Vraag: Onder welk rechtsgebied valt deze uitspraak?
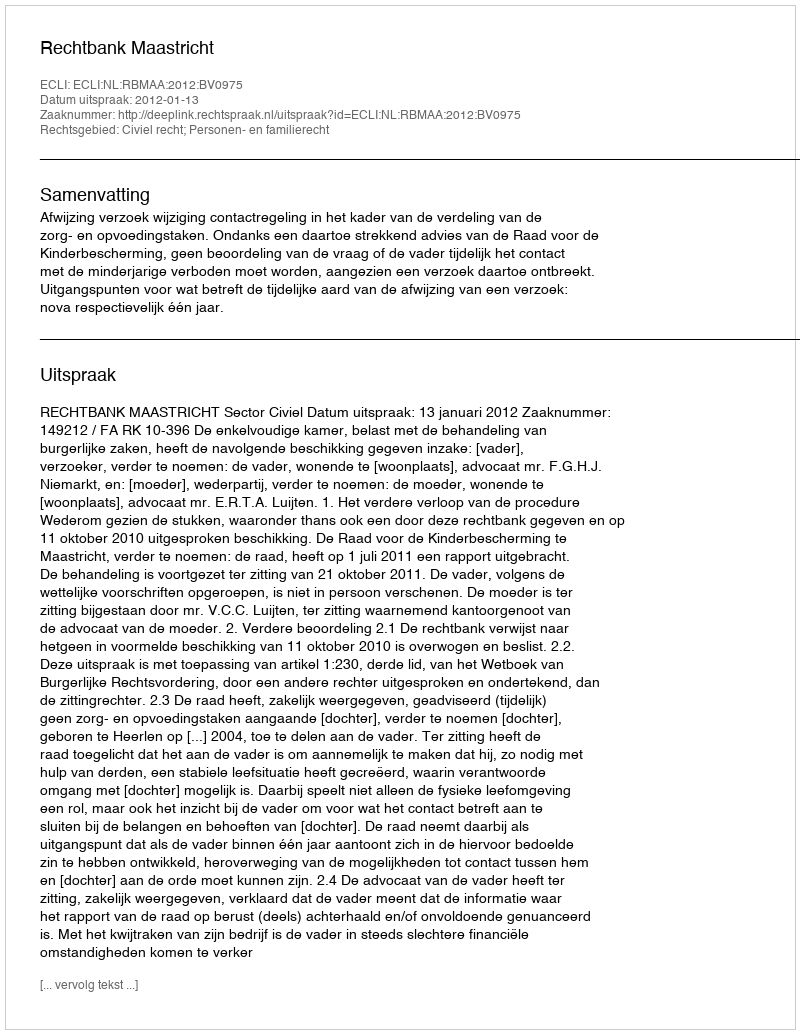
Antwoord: Civiel recht; Personen- en familierecht